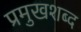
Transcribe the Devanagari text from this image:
प्रमुखशब्द